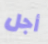
أجل